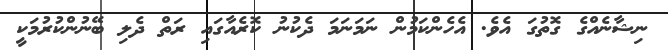
ނިޝާނެއްގެ ގޮތުގަ އެވެ. އެހެންކަމުން ނަމަނަމަ ދެކުނު ކޮރެއާގައި ރަތް ދެލި ބޭނުންކުރުމަކީ